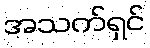
အသက်ရှင်